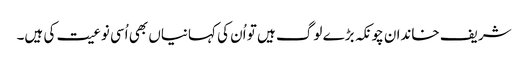
شریف خاندان چونکہ بڑے لوگ ہیں تو اُن کی کہانیاں بھی اُسی نوعیت کی ہیں۔